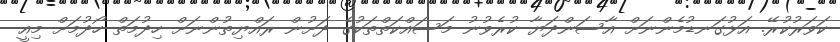
ކަވަރުކުރޭ. އަޅުގަނޑުމެންނަށް އާސަންދަޔާ ކުރެވުނު މަސައްކަތްތަކުގެ ދަށުން ރައްޔިތުންނަށް ހިދުމަތް ހޯދުމަށް މިއީ